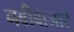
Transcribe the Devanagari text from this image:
नबीबाजार